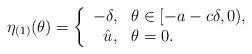
LaTeX: \begin{align*} \eta_{(1)}(\theta) = \left\{ {\begin{array}{rl} -\delta , & \theta\in[-a-c\delta,0), \\ \hat{u}, & \theta=0. \end{array} }\right.\end{align*}